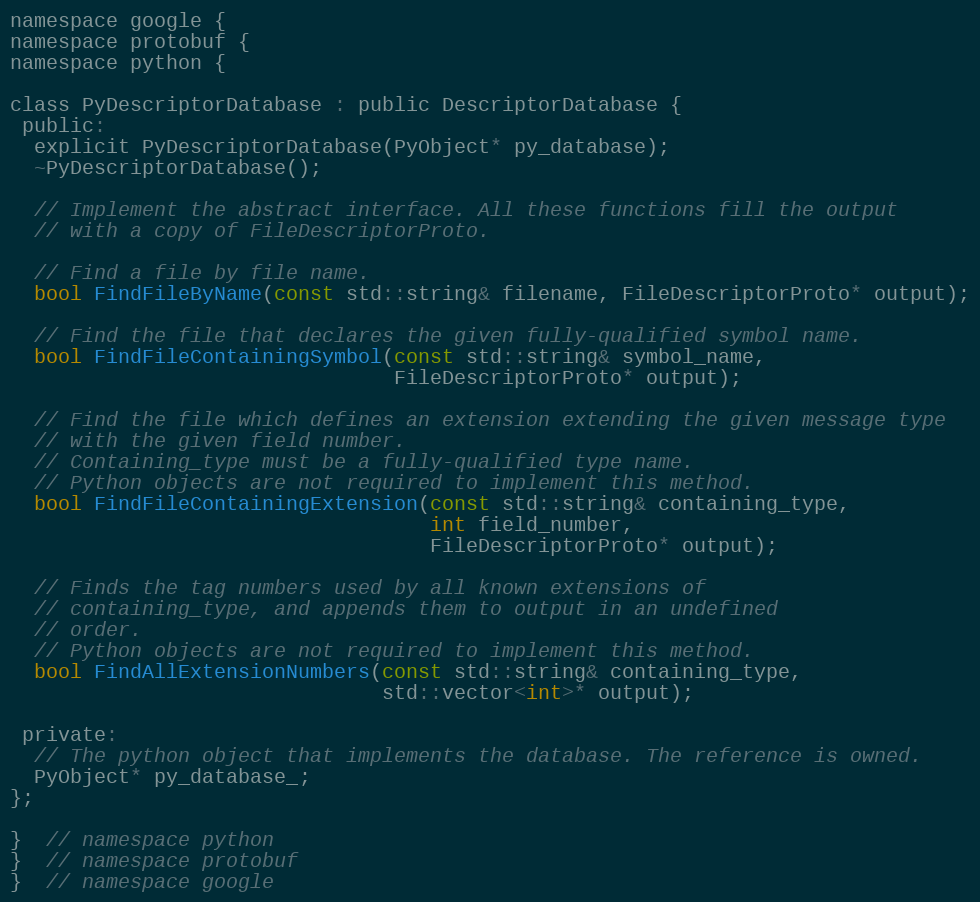
Language: C
namespace google {
namespace protobuf {
namespace python {

class PyDescriptorDatabase : public DescriptorDatabase {
 public:
  explicit PyDescriptorDatabase(PyObject* py_database);
  ~PyDescriptorDatabase();

  // Implement the abstract interface. All these functions fill the output
  // with a copy of FileDescriptorProto.

  // Find a file by file name.
  bool FindFileByName(const std::string& filename, FileDescriptorProto* output);

  // Find the file that declares the given fully-qualified symbol name.
  bool FindFileContainingSymbol(const std::string& symbol_name,
                                FileDescriptorProto* output);

  // Find the file which defines an extension extending the given message type
  // with the given field number.
  // Containing_type must be a fully-qualified type name.
  // Python objects are not required to implement this method.
  bool FindFileContainingExtension(const std::string& containing_type,
                                   int field_number,
                                   FileDescriptorProto* output);

  // Finds the tag numbers used by all known extensions of
  // containing_type, and appends them to output in an undefined
  // order.
  // Python objects are not required to implement this method.
  bool FindAllExtensionNumbers(const std::string& containing_type,
                               std::vector<int>* output);

 private:
  // The python object that implements the database. The reference is owned.
  PyObject* py_database_;
};

}  // namespace python
}  // namespace protobuf
}  // namespace google